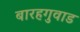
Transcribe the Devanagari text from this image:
बारहगुवाड